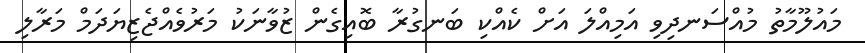
މައުލޫމާތު މުއްސަނދިވި އަމިއްލަ އަށް ކެއްކި ބަނގުރާ ބޮއިގެން ޒުވާނަކު މަރުވެއްޖެޒިޔަދަމް މަރާލި